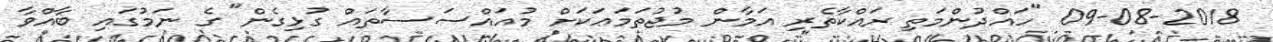
09-08-2018 "ހައްދުންމަތި ރައްކާތެރި އަމާން މުޖުތަމަޢަކަށް މުއައްސަސާތައް ގުޅިގެން" ގެ ނަމުގައި ބާއްވާ